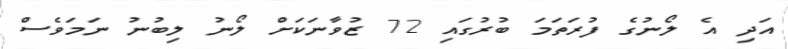
އަދި އެ ލޯނުގެ ފުރަތަމަ ބުރުގައި 72 ޒުވާނަކަށް ލޯނު ލިބުނު ނަމަވެސް